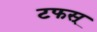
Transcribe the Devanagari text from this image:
टफस्